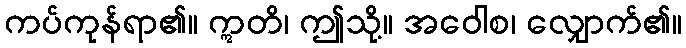
ကပ်ကုန်ရာ၏။ ဣတိ၊ ဤသို့။ အဝေါစ၊ လျှောက်၏။